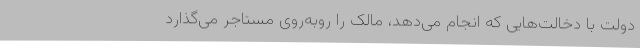
دولت با دخالت‌هایی که انجام می‌دهد، مالک را روبه‌روی مستاجر می‌گذارد